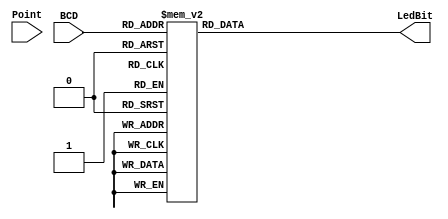
module BCD_to_LedBit
(
	input		[3:0]BCD,
	input		Point,			//
	output	reg [7:0]LedBit
);
/************************************************************************************************************************
*BCD
*************************************************************************************************************************/
always	@(*)
	case(BCD)
		4'd0:LedBit = 8'h3f;
		4'd1:LedBit = 8'h6;
		4'd2:LedBit = 8'h5b;
		4'd3:LedBit = 8'h4f;
		4'd4:LedBit = 8'h66;
		4'd5:LedBit = 8'h6d;
		4'd6:LedBit = 8'h7d;
		4'd7:LedBit = 8'h7;
		4'd8:LedBit = 8'h7f;
		4'd9:LedBit = 8'h6f;
		default:LedBit = 8'h3f;
	endcase
endmodule